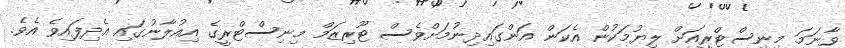
ވާނަމަ މިނިސްޓްރީއަށް ލިޔުމަކުން އެކަން އަންގައިދިނުމަށްވެސް ޓޫރިޒަމް މިނިސްޓްރީގެ އިއުލާނުގައި އެދިފައިވެ އެވެ.